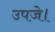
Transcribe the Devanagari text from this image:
उपजे।